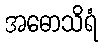
အဓောသိရံ